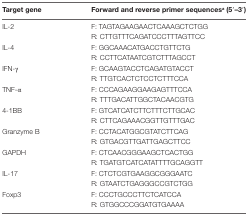
<table><thead><tr><td><b>Target gene</b></td><td><b>Forward and reverse primer sequences<sup>a</sup> (5′–3′)</b></td></tr></thead><tbody><tr><td rowspan="2">IL-2</td><td>F: TAGTAGAAGAACTCAAAGCTCTGG</td></tr><tr><td>R: CTTGTTTCAGATCCCTTTAGTTCC</td></tr><tr><td rowspan="2">IL-4</td><td>F: GGCAAACATGACCTGTTCTG</td></tr><tr><td>R: CCTTCATAATCGTCTTTAGCCT</td></tr><tr><td rowspan="2">IFN-γ</td><td>F: GCAAGTACCTCAGATGTACCT</td></tr><tr><td>R: TTGTCACTCTCCTCTTTCCA</td></tr><tr><td rowspan="2">TNF-α</td><td>F: CCCAGAAGGAAGAGTTTCCA</td></tr><tr><td>R: TTTGACATTGGCTACAACGTG</td></tr><tr><td rowspan="2">4-1BB</td><td>F: GTCATCATCTTCTTTCTTGCAC</td></tr><tr><td>R: CTTCAGAAACGGTTGTTTGAC</td></tr><tr><td rowspan="2">Granzyme B</td><td>F: CCTACATGGCGTATCTTCAG</td></tr><tr><td>R: GTGACGTTGATTGAGCTTCC</td></tr><tr><td rowspan="2">GAPDH</td><td>F: CTCAACGGGAAGCTCACTGG</td></tr><tr><td>R: TGATGTCATCATATTTTGCAGGTT</td></tr><tr><td rowspan="2">IL-17</td><td>F: CTCTCGTGAAGGCGGGAATC</td></tr><tr><td>R: GTAATCTGAGGGCCGTCTGG</td></tr><tr><td rowspan="2">Foxp3</td><td>F: CCCTGCCCTTCTCATCCA</td></tr><tr><td>R: GTGGCCCGGATGTGAAAA</td></tr></tbody></table>